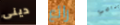
دينى رائع ميامي